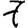
Digit: 7